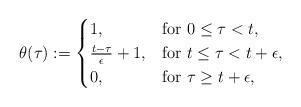
LaTeX: \begin{align*}\theta(\tau) := \begin{cases}1, &\hbox{for}\ 0\leq \tau < t, \\\frac{t-\tau}{\epsilon} + 1, &\hbox{for}\ t\leq \tau < t+\epsilon , \\0, &\hbox{for}\ \tau \geq t+\epsilon ,\end{cases}\end{align*}